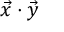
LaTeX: { \vec { x } } \cdot { \vec { y } }